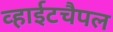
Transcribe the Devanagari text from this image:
व्हाईटचैपल